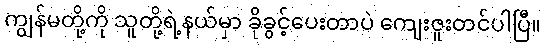
ကျွန်မတို့ကို သူတို့ရဲ့နယ်မှာ ခိုခွင့်ပေးတာပဲ ကျေးဇူးတင်ပါပြီ။